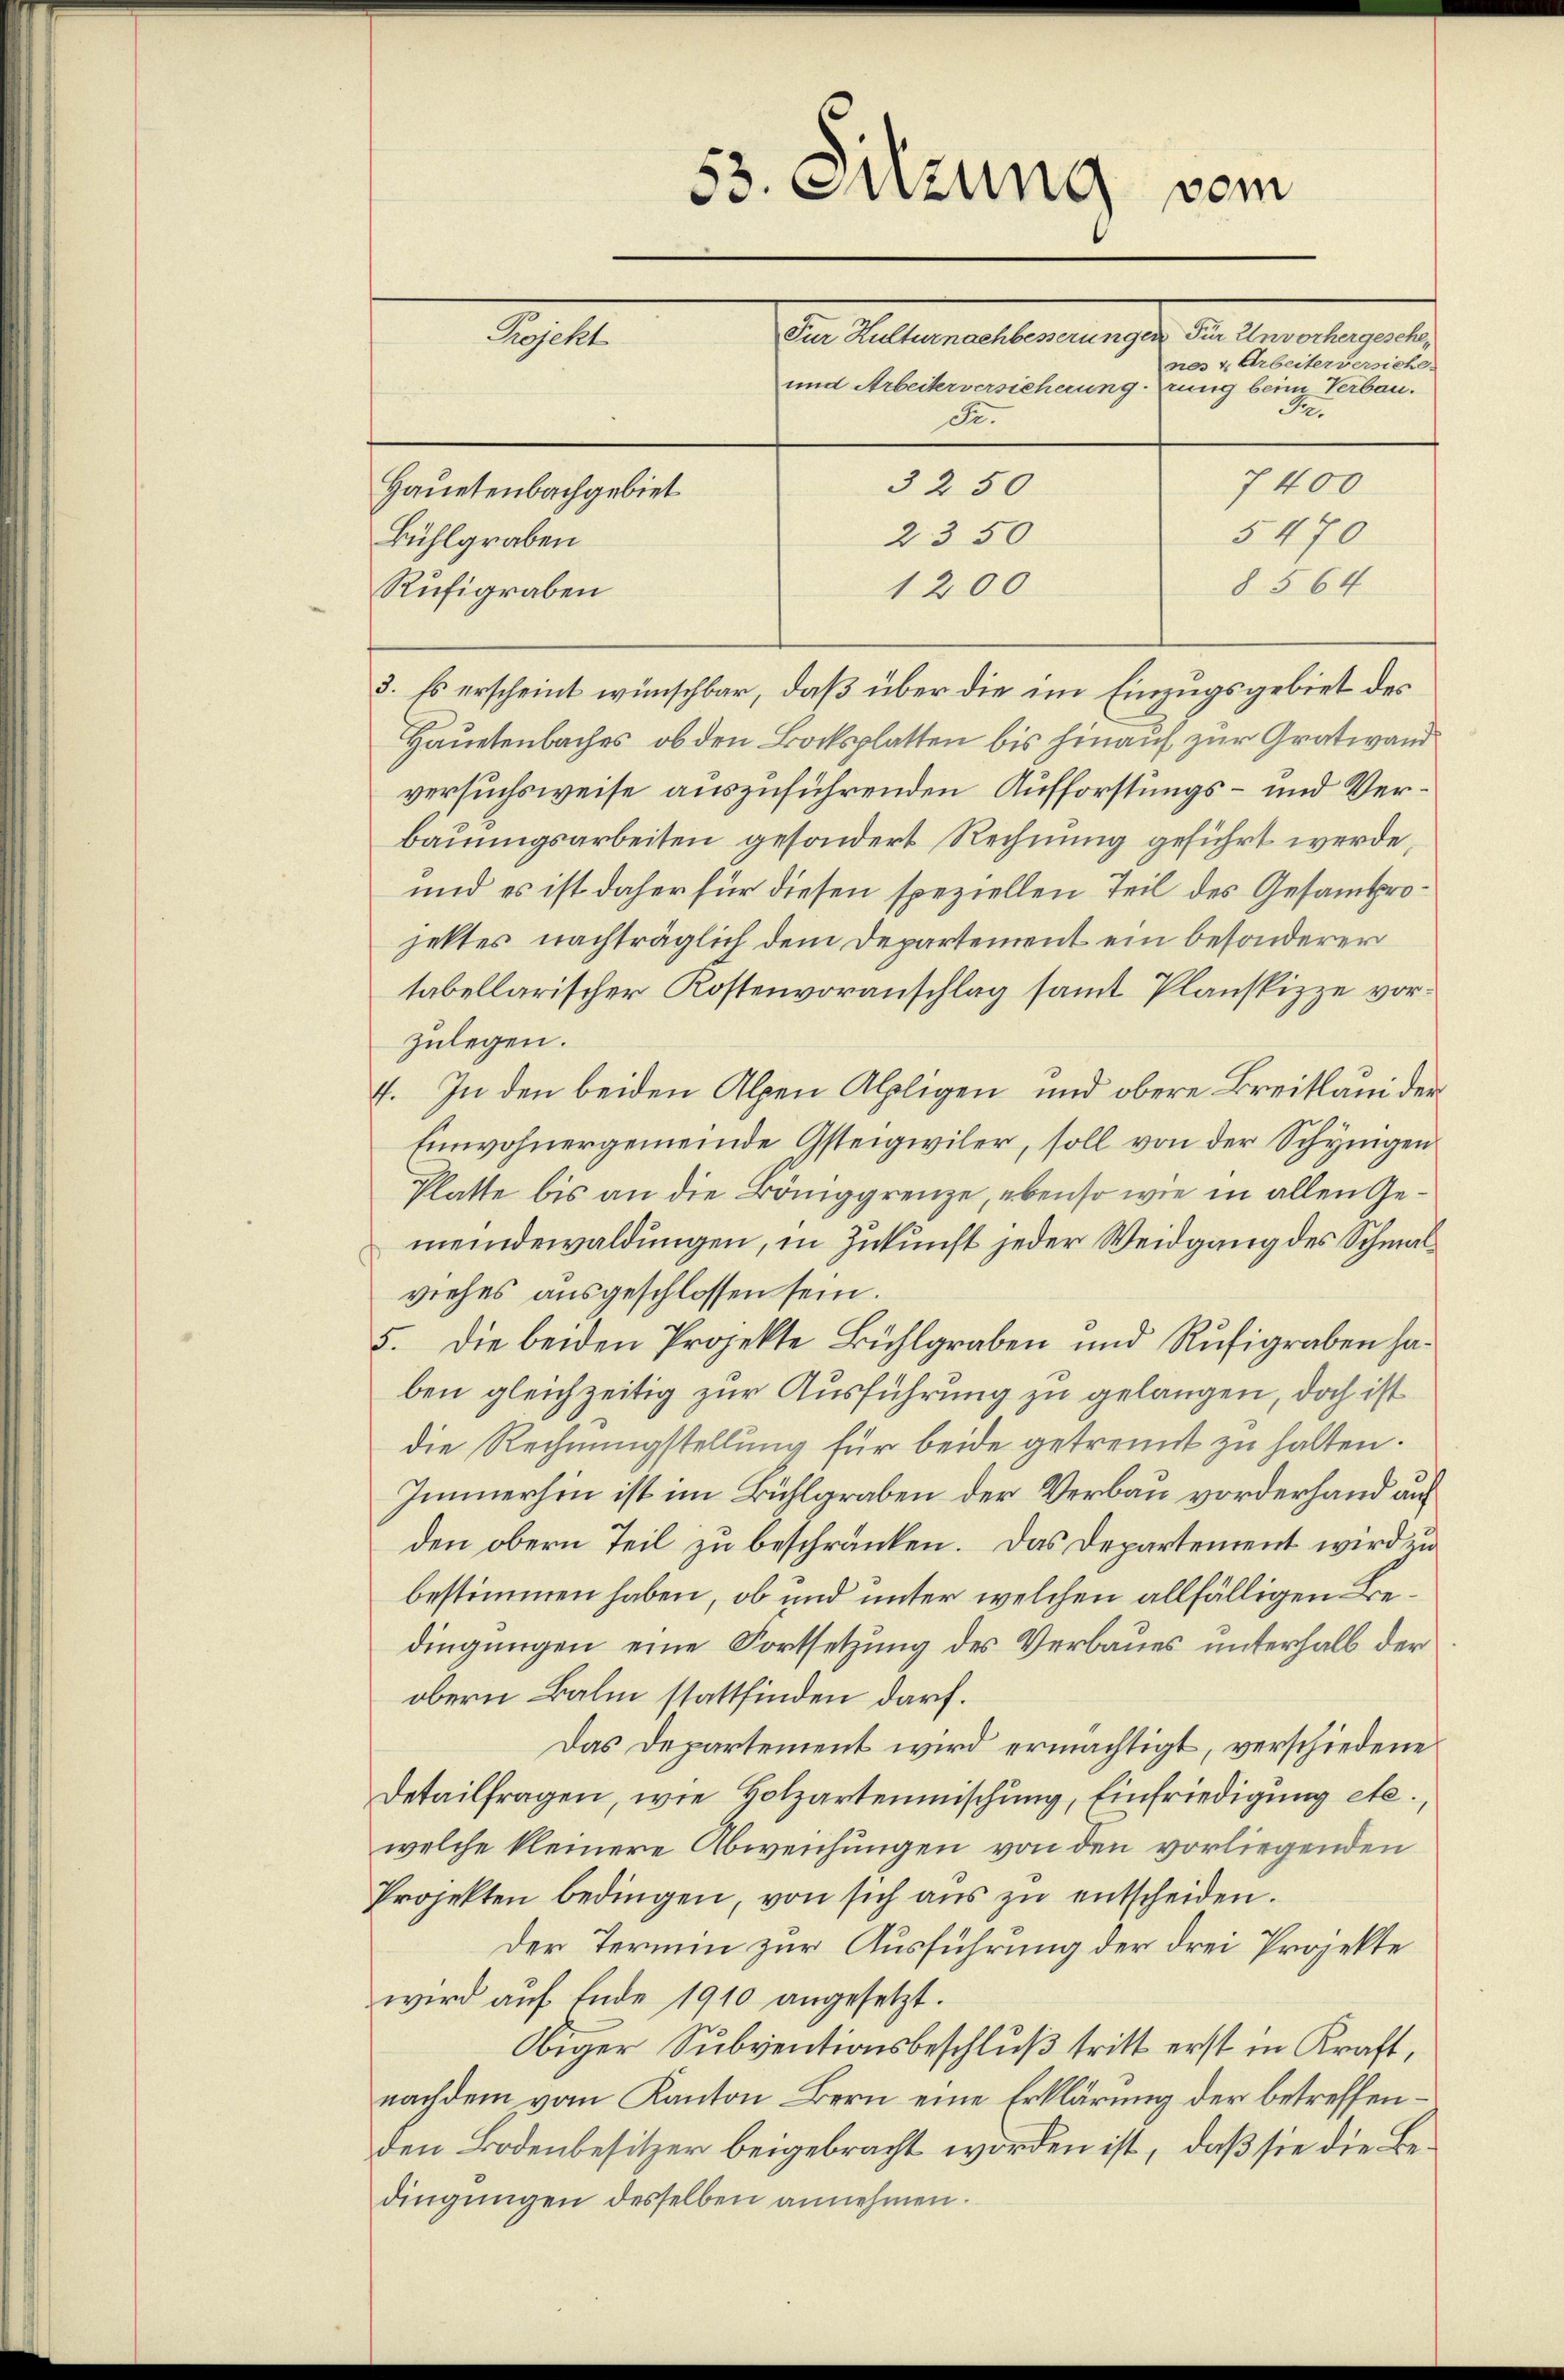
53. Sitzung vom
Die Alten hatte manches der bereiterenten
Projekt
nes & Arbeiterversicht.
und Arbeiterversicherungerung beim Verbau.
Fr.
52.
7400
3250
Hauetenbachgebiet
5470
2350
Bühlgraben

8 564
1200
Rufigraben
3. Es erscheint wünschbar, daß über die im Einzugsgebiet des
Hauetenbaches ob den Bocksplatten bis hinauf zur Gratwand
versuchsweise auszuführenden Aufforstungs- und Verbauungsarbeiten gesondert Rechnung geführt werde,
und es ist daher für diesen speziellen Teil des Gesamtprojektes nachträglich dem Departement ein besonderer
tabellarischer Kostenvoranschlag samt Planskizze vorzulegen.
4. In den beiden Alpen Alpligen und obere Breitläui der
Einwohnergemeinde Gsteigiiler, soll von der Schynigen
Platte bis an die Böniggrenze, ebenso wie in allen Gemeindewaldungen, in Zukunft jeder Weidgang des Schmalviehes ausgeschlossen sein.
5. Die beiden Projekte Bühlgraben und Rufigraben haben gleichzeitig zur Ausführung zu gelangen, doch ist
die Rechnungstellung für beide getrennt zu halten.
Immerhin ist im Bühlgraben der Verbau vorderhand auf
den obern Teil zu beschränken. Das Departement wird un
bestimmen haben, ob und unter welchen allfälligen Bedingungen eine Fortsetzung des Verbaues unterhalb der
obern Balm stattfinden darf.
Das Departement wird ermächtigt, verschiedene
Detailfragen, wie Holzartenmischung, Einfriedigung etc.,
welche kleinere Abweichungen von den vorliegenden
Projekten bedingen, von sich aŭs zŭ entscheiden.
Der Termin zur Ausführung der drei Projekte
wird aŭf Ende 1910 angesetzt.
Obiger Subventionsbeschluß tritt erst in Kraft,
nachdem vom Kanton Bern eine Erklärung der betreffenden Bodenbesitzer beigebracht worden ist, daß sie die Bedingungen desselben annehmen.